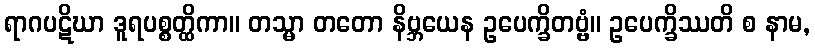
ရာဂပဋိဃာ ဒူရပစ္စတ္ထိကာ။ တသ္မာ တတော နိဗ္ဘယေန ဥပေက္ခိတဗ္ဗံ။ ဥပေက္ခိဿတိ စ နာမ,